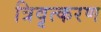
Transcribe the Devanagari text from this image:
त्रिवृत्करण